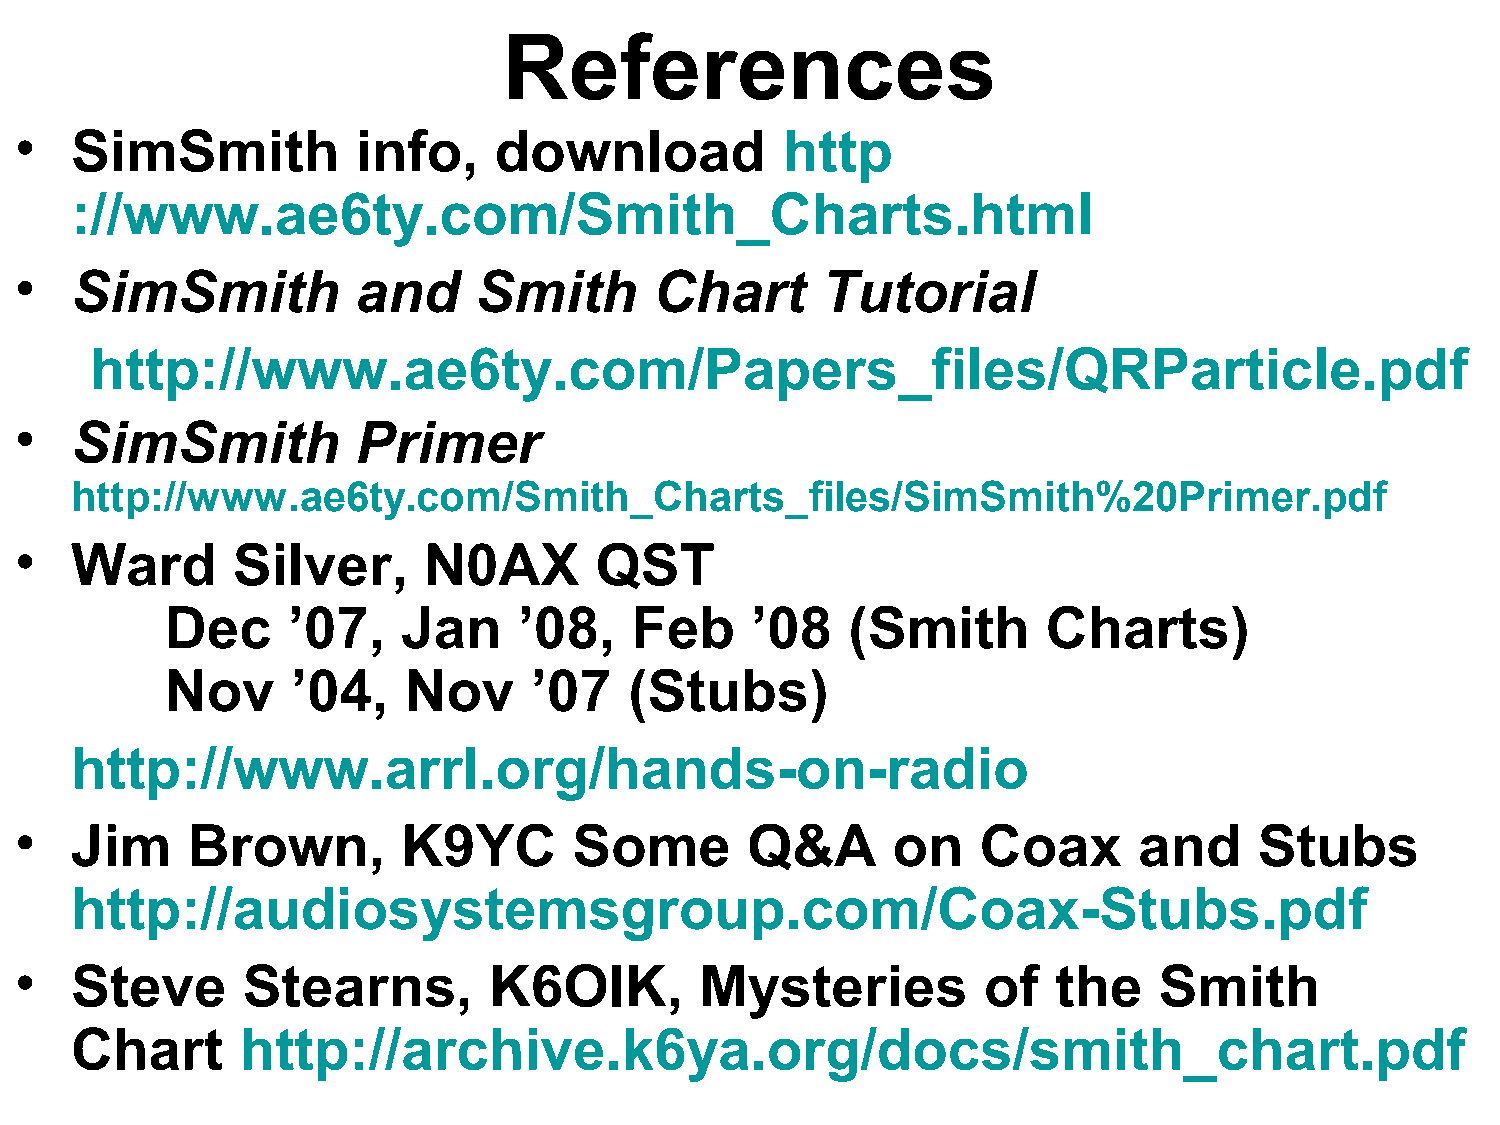
References
 •   SimSmith           info,    download           http
 ://www.ae6ty.com/Smith_Charts.html
 •   SimSmith           and    Smith       Chart      Tutorial
 http://www.ae6ty.com/Papers_files/QRParticle.pdf
 •   SimSmith           Primer
 http://www.ae6ty.com/Smith_Charts_files/SimSmith%20Primer.pdf
 •   Ward      Silver,      N0AX       QST
 Dec     ’07,    Jan    ’08,    Feb     ’08   (Smith       Charts)
 Nov     ’04,    Nov     ’07    (Stubs)
 http://www.arrl.org/hands-on-radio
 •   Jim    Brown,         K9YC       Some       Q&A       on    Coax      and     Stubs
 http://audiosystemsgroup.com/Coax-Stubs.pdf
 •   Steve      Stearns,        K6OIK,        Mysteries          of   the    Smith
 Chart      http://archive.k6ya.org/docs/smith_chart.pdf